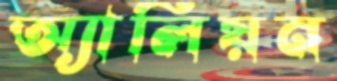
অ্যালিয়ন